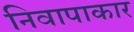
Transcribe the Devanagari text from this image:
निवापाकार